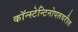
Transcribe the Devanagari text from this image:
कॉन्स्टेन्टिनोपलवरील